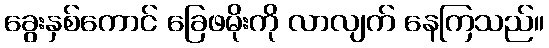
ခွေးနှစ်ကောင် ခြေဖမိုးကို လာလျက် နေကြသည်။